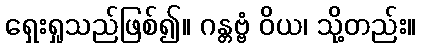
ရှေးရှုသည်ဖြစ်၍။ ဂန္တဗ္ဗံ ဝိယ၊ သို့တည်း။